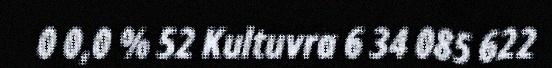
0 0,0 % 52 Kultuvra 6 34 085 622